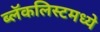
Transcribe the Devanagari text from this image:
ब्लॅकलिस्टमध्ये